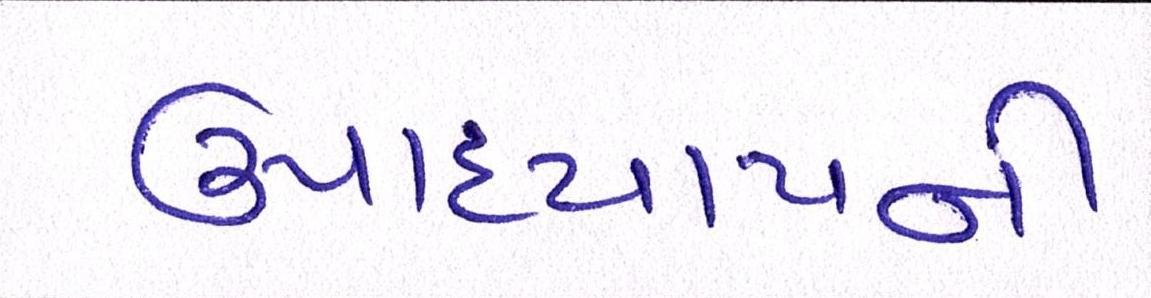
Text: ઉપાધ્યાયની